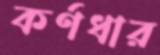
কর্ণধার